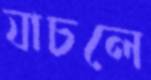
যাচলে